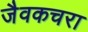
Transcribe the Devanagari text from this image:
जैवकचरा